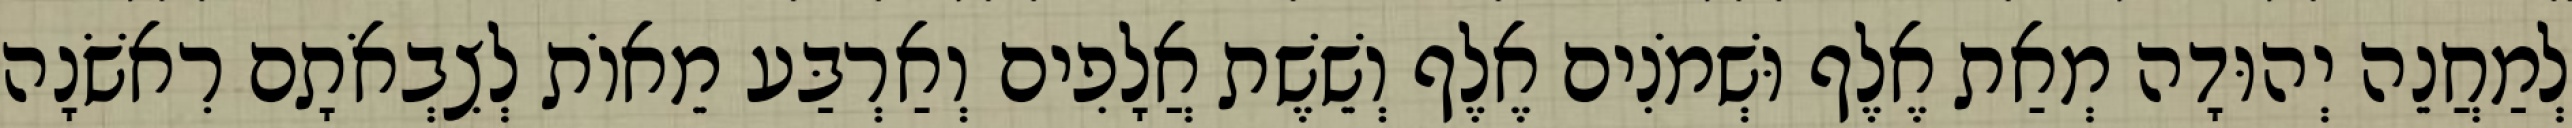
לְמַחֲנֵה יְהוּדָה מְאַת אֶלֶף וּשְׁמֹנִים אֶלֶף וְשֵׁשֶׁת אֲלָפִים וְאַרְבַּע מֵאוֹת לְצִבְאֹתָם רִאשֹׁנָה